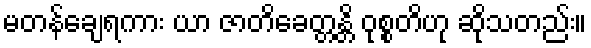
မတန်ချေရကား ယာ ဇာတိခေတ္တန္တိ ဝုစ္စတိဟု ဆိုသတည်း။